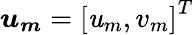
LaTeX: \boldsymbol{\mathit{u}_{m}}=\left[\mathit{u}_{m},v_{m}\right]^{T}